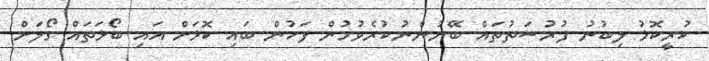
ކުރީކޮޅު ލިބުނު ފުރުސަތުތައް ބޭނުންނުކުރެވުމުން ފަހުން ބައި ކޮޅަށް އައި ބޯޅަތައް ގޯލަށް